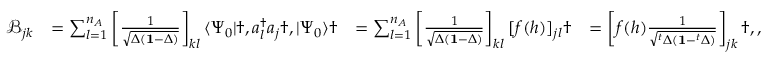
\begin{array} { r l r l } { \mathcal { B } _ { j k } } & { = \sum _ { l = 1 } ^ { n _ { A } } \left[ \frac { 1 } { \sqrt { \Delta ( \mathbf { 1 } - \Delta ) } } \right] _ { k l } \langle \Psi _ { 0 } | \dag , a _ { l } ^ { \dagger } a _ { j } \dag , | \Psi _ { 0 } \rangle \dag } & { = \sum _ { l = 1 } ^ { n _ { A } } \left[ \frac { 1 } { \sqrt { \Delta ( \mathbf { 1 } - \Delta ) } } \right] _ { k l } [ f ( h ) ] _ { j l } \dag } & { = \left[ f ( h ) \frac { 1 } { \sqrt { ^ t \Delta ( \mathbf { 1 } - ^ { t } \Delta ) } } \right] _ { j k } \dag , , } \end{array}